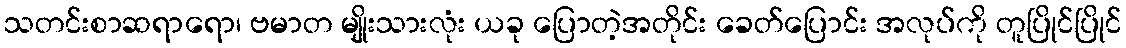
သတင်းစာဆရာရော၊ ဗမာတ မျိုးသားလုံး ယခု ပြောတဲ့အတိုင်း ခေတ်ပြောင်း အလုပ်ကို တူပြိုင်ပြိုင်